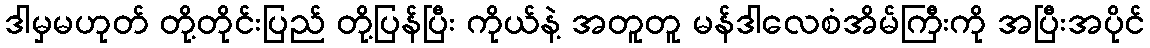
ဒါမှမဟုတ် တို့တိုင်းပြည် တို့ပြန်ပြီး ကိုယ်နဲ့ အတူတူ မန်ဒါလေစံအိမ်ကြီးကို အပြီးအပိုင်